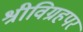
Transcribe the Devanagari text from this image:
श्रीविग्रहपर